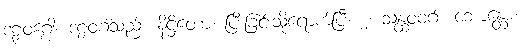
ဒဠှဝဂ္ဂေါ၊ ဒဠှဝဂ်သည်။ နိဋ္ဌိတော၊ ပြီးခြင်းသို့ရောက်ပြီ။ ၂၊ သန္ထဝဝဂ်။ ဘောန္တော၊